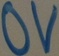
Text: 0V